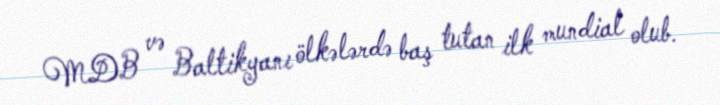
MDB və Baltikyanı ölkələrdə baş tutan ilk mundial olub.